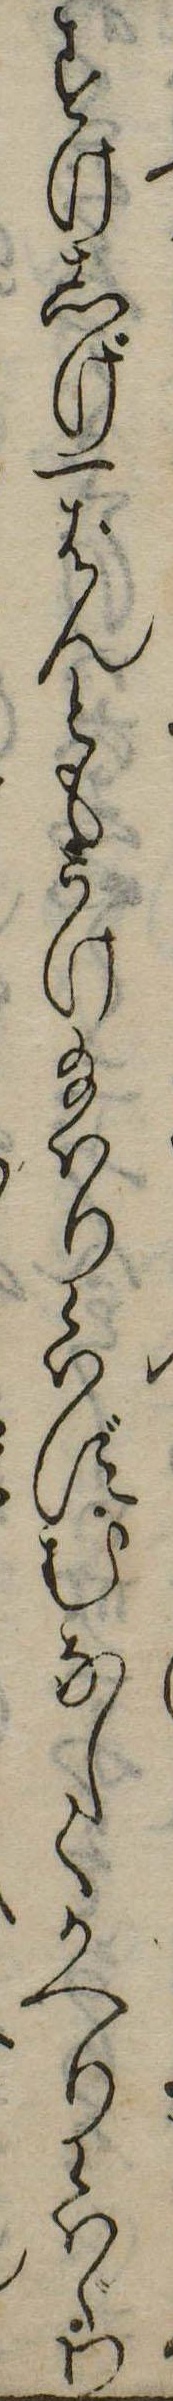
すけしげ一ばんともうけ給はり候はずむなしくかへり候はゞわ